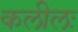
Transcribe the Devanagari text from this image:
कलीलः